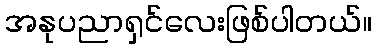
အနုပညာရှင်လေးဖြစ်ပါတယ်။